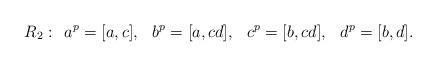
LaTeX: \begin{align*}R_2: \hskip3mm & a^p=[a,c], \hskip3mm b^p=[a,cd], \hskip3mm c^p=[b,cd], \hskip3mm d^p=[b,d].\end{align*}